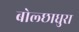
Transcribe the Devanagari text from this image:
बोल्छाधुरा